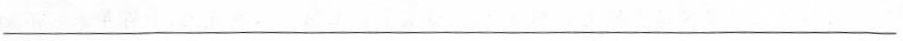
___